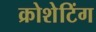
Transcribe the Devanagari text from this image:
क्रोशेटिंग